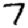
Digit: 7